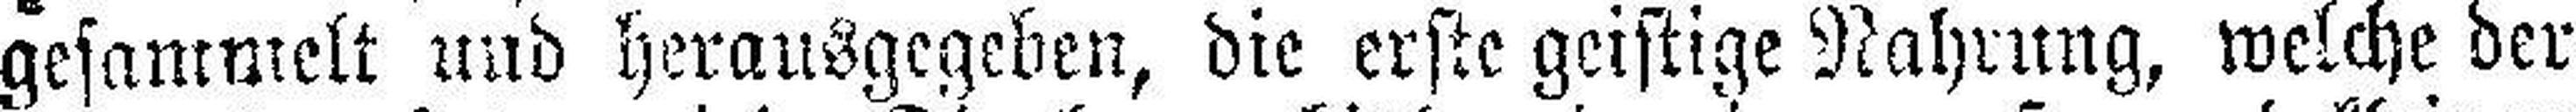
gesammelt und herausgegeben, die erste geistige Nahrung, welche der